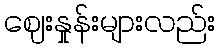
ဈေးနှုန်းများလည်း